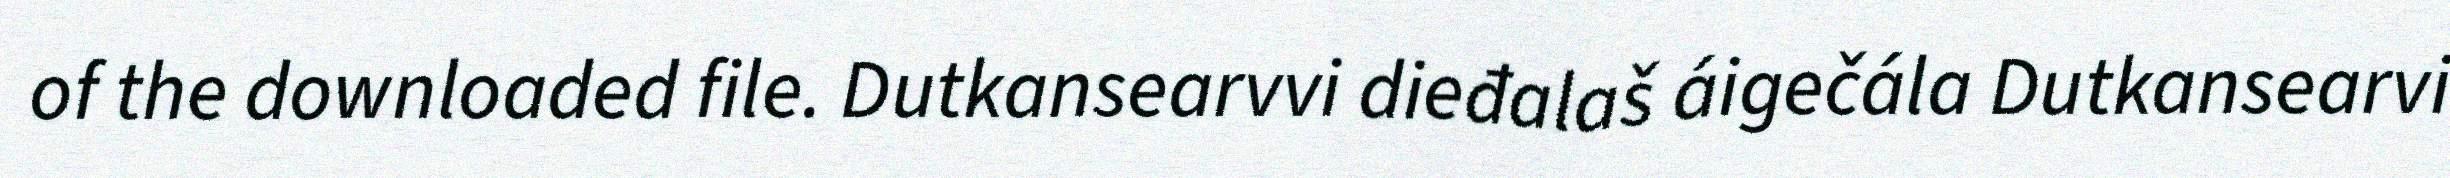
of the downloaded file. Dutkansearvvi dieđalaš áigečála Dutkansearvi